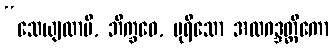
“သေယျထာပိ, ဘိက္ခဝေ, ပုရိသော အလဂဒ္ဒတ္ထိကော